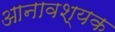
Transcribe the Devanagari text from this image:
आनावश्यक